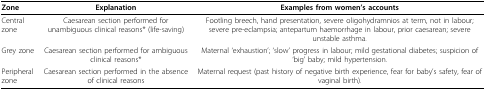
<table><thead><tr><td><b>Zone</b></td><td><b>Explanation</b></td><td><b>Examples from women&#x27;s accounts</b></td></tr></thead><tbody><tr><td>Central zone</td><td>Caesarean section performed for unambiguous clinical reasons* (life-saving)</td><td>Footling breech, hand presentation, severe oligohydramnios at term, not in labour; severe pre-eclampsia; antepartum haemorrhage in labour, prior caesarean; severe unstable asthma.</td></tr><tr><td>Grey zone</td><td>Caesarean section performed for ambiguous clinical reasons*</td><td>Maternal &#x27;exhaustion&#x27;; &#x27;slow&#x27; progress in labour; mild gestational diabetes; suspicion of &#x27;big&#x27; baby; mild hypertension.</td></tr><tr><td>Peripheral zone</td><td>Caesarean section performed in the absence of clinical reasons</td><td>Maternal request (past history of negative birth experience, fear for baby&#x27;s safety, fear of vaginal birth).</td></tr></tbody></table>